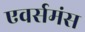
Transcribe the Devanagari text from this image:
एवर्समंस